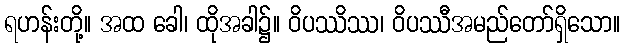
ရဟန်းတို့။ အထ ခေါ၊ ထိုအခါ၌။ ဝိပဿိဿ၊ ဝိပဿီအမည်တော်ရှိသော။